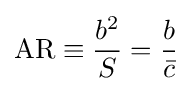
{\text{AR}}\equiv {\frac {b^{2}}{S}}={\frac {b}{\bar {c}}}